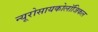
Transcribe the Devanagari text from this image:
न्यूरोसायकोलॉजिकल